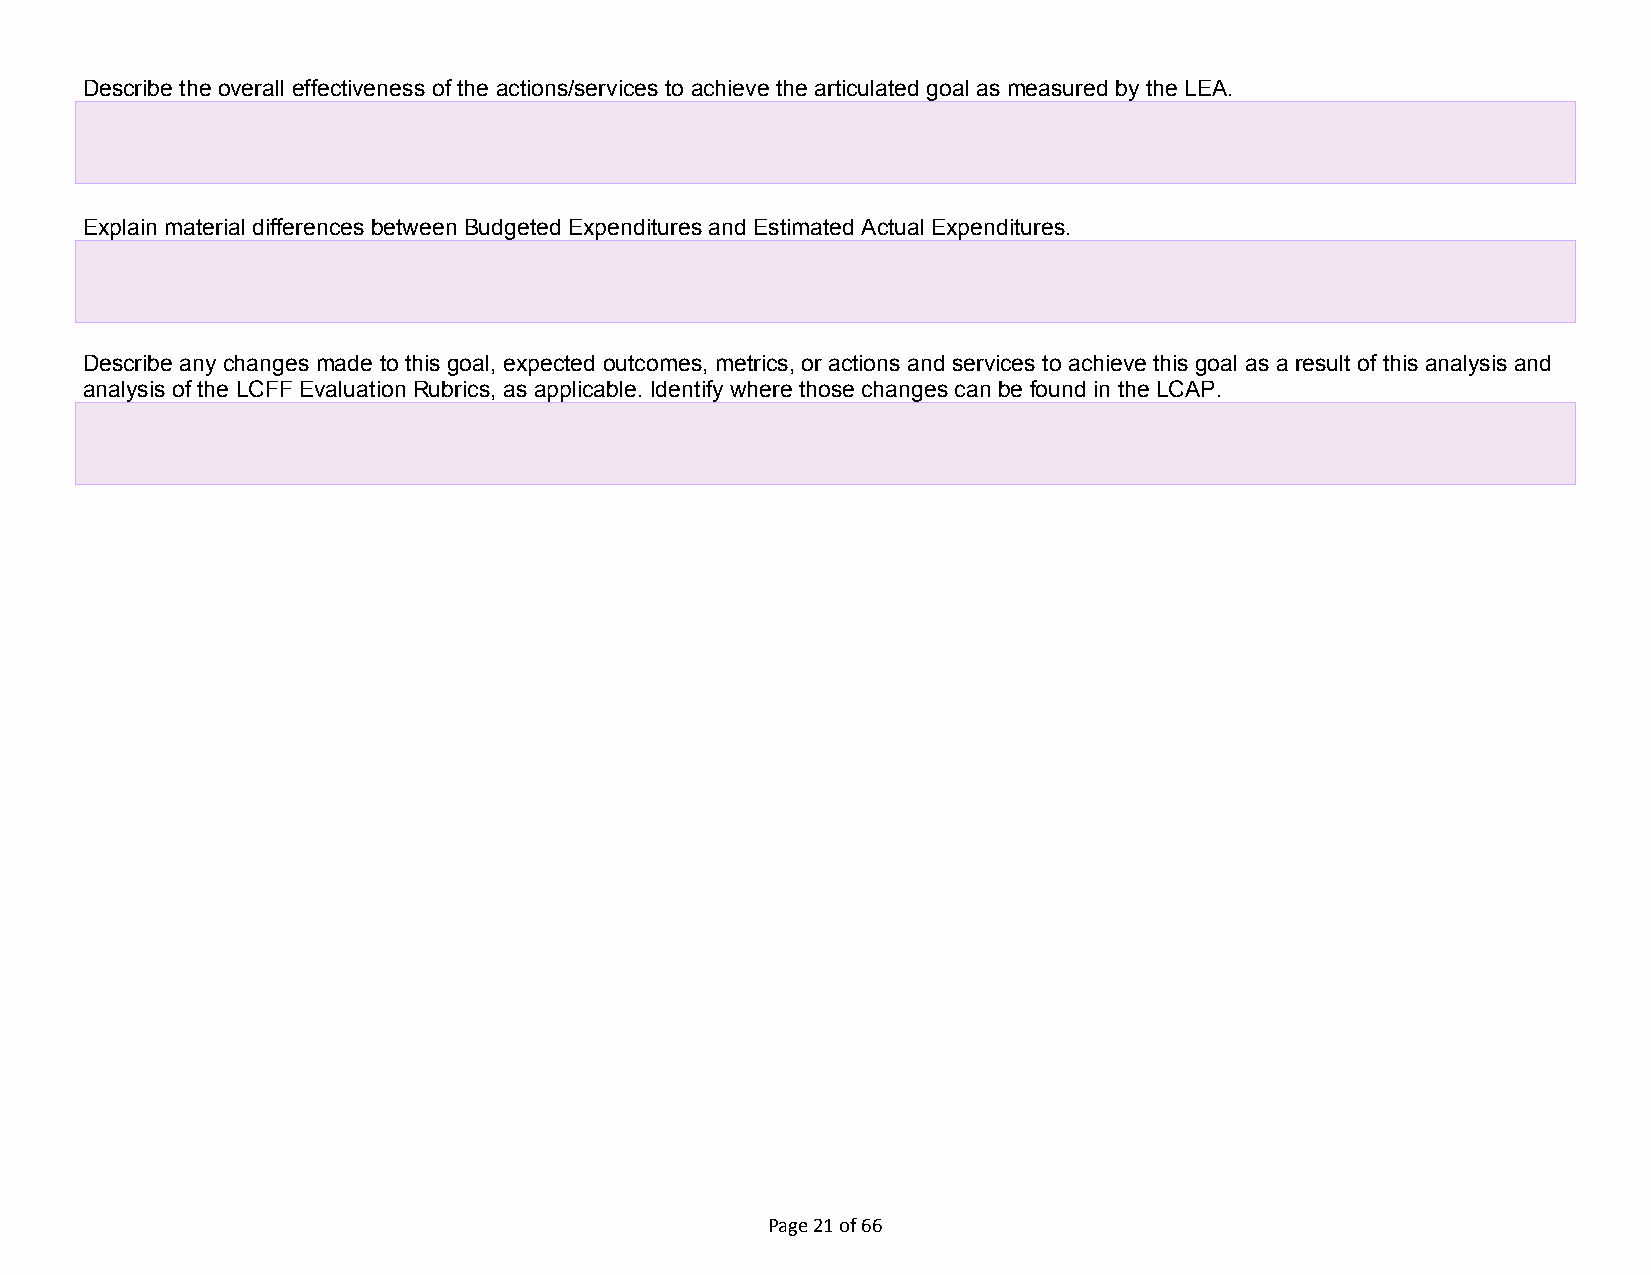
Describe the overall effectiveness of the actions/services to achieve the articulated goal as measured by the LEA.
 Explain material differences between Budgeted Expenditures and Estimated Actual Expenditures.
 Describe any changes made to this goal, expected outcomes, metrics, or actions and services to achieve this goal as a result of this analysis and
 analysis of the LCFF Evaluation Rubrics, as applicable. Identify where those changes can be found in the LCAP.
 Page 21 of 66